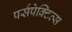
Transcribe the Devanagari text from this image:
पर्सपेक्टिव्स